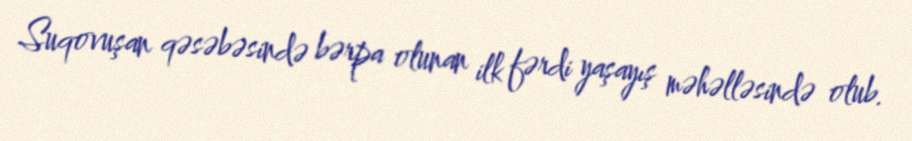
Suqovuşan qəsəbəsində bərpa olunan ilk fərdi yaşayış məhəlləsində olub.